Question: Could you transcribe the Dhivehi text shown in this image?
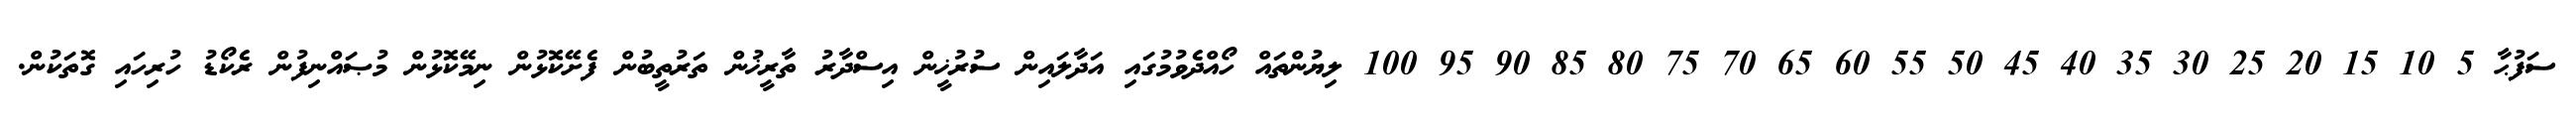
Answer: ސަފުޙާ 5 10 15 20 25 30 35 40 45 50 55 60 65 70 75 80 85 90 95 100 ލިޔުންތައް ހޯއްދެވުމުގައި އަދާލައިން ސުރުޚީން އިސްދާރު ތާރީޚުން ތަރުތީބުން ފެށޭކޮޅުން ނިމޭކޮޅުން މުޞައްނިފުން ރެކޯޑު ހުރިހައި ގޮތަކުން.